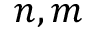
n , m